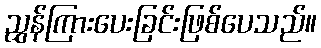
ညွှန်ကြားပေးခြင်းဖြစ်ပေသည်။